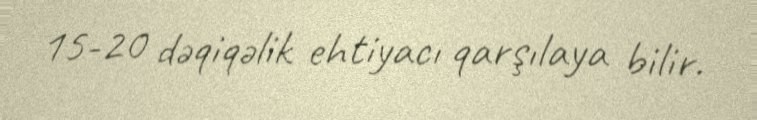
15-20 dəqiqəlik ehtiyacı qarşılaya bilir.